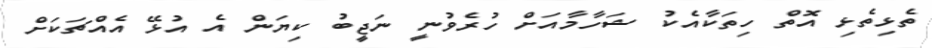
ތެޅިތެޅި އޮތް ހިތަކާއެކު ޝަހާމާއަށް ހުރެވުނީ ނަޖީބު ކިޔަން އެ އުޅޭ އެއްޗަކަށް